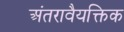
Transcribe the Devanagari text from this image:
अंतरावैयक्तिक